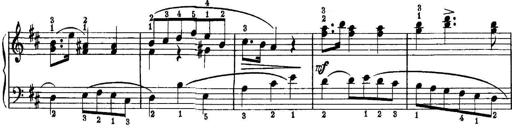
Title: Piano Sonatina No.1 in C major
Composer: Tadeusz Joteyko
Key: C major